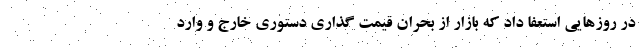
در روزهایی استعفا داد که بازار از بحران قیمت گذاری دستوری خارج و وارد